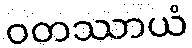
ဝတဿာယံ